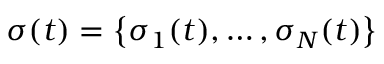
\boldsymbol { \sigma } ( t ) = \left\{ \sigma _ { 1 } ( t ) , \dots , \sigma _ { N } ( t ) \right\}